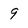
Character: 9